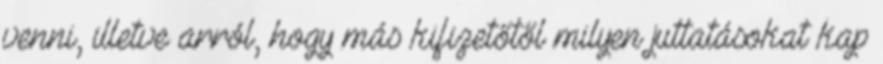
venni, illetve arról, hogy más kifizetőtől milyen juttatásokat kap